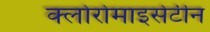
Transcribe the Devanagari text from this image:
क्लोरोमाइसेटीन